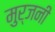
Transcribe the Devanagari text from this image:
मुर्जनी